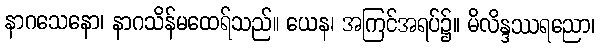
နာဂသေနော၊ နာဂသိန်မထေရ်သည်။ ယေန၊ အကြင်အရပ်၌။ မိလိန္ဒဿရညော၊